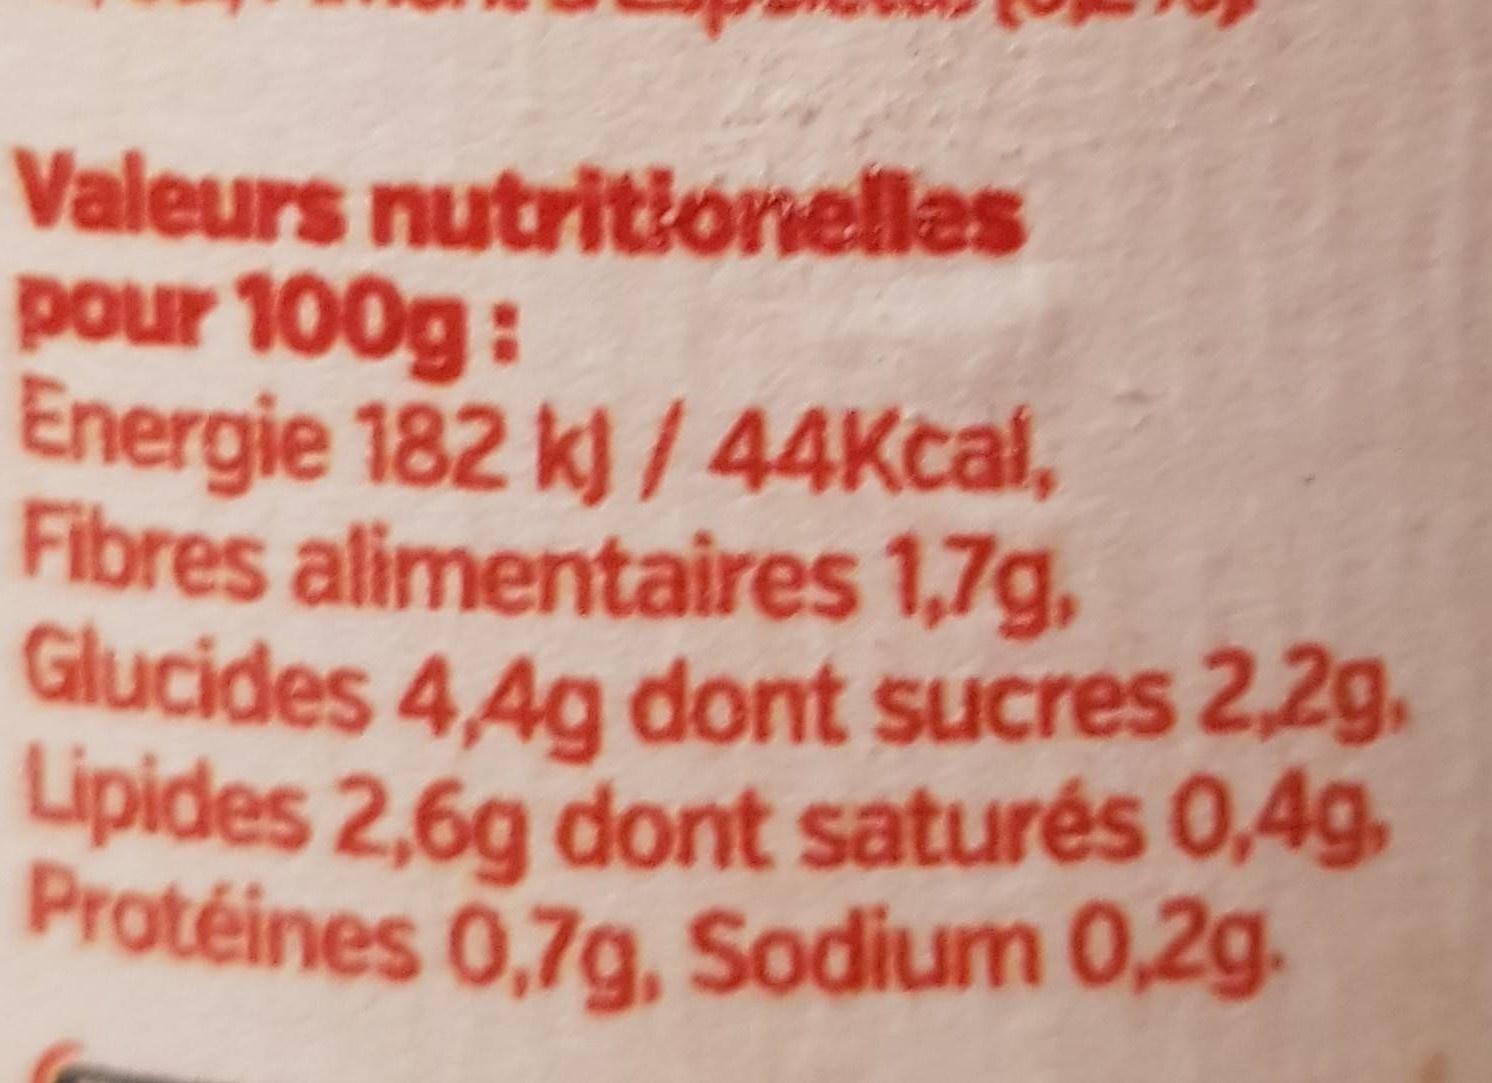
Valeurs nutritionelles pour 100g: Energie 182 k) / 44Kcal, Fibres alimentaires 1,7g, Glucides 4,4g dont sucres 2,2g. Lipides 2,6g dont saturés 0,4g, Protéines 0,7g, Sodium 0,2g.